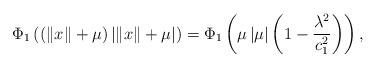
LaTeX: \begin{align*}\Phi_{1}\left(\left(\left\Vert x\right\Vert +\mu\right)\left|\left\Vert x\right\Vert +\mu\right|\right)=\Phi_{1}\left(\mu\left|\mu\right|\left(1-\frac{\lambda^{2}}{c_{1}^{2}}\right)\right),\end{align*}